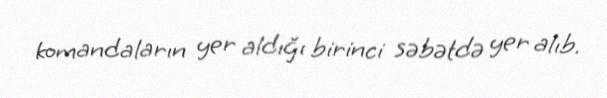
komandaların yer aldığı birinci səbətdə yer alıb.